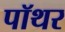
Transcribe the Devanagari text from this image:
पॉथर